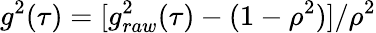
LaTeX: g^{2}(\tau)=[g_{raw}^{2}(\tau)-(1-\rho^{2})]/\rho^{2}